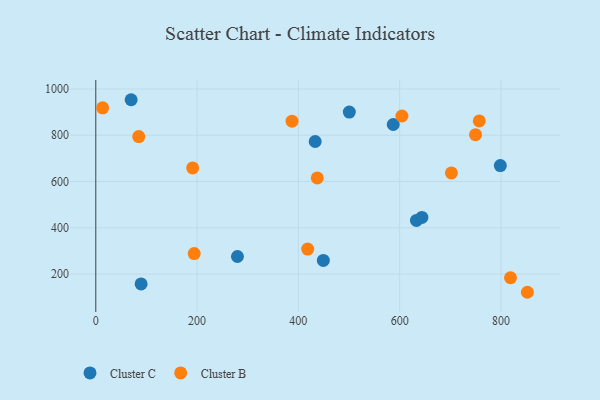
{"axis": {"x": "Price", "y": "Exam Score"}, "legend": ["Cluster B", "Cluster C"], "data": [{"x": "89.5", "y": 157.1, "type": "Cluster C"}, {"x": "500.6", "y": 900.0, "type": "Cluster C"}, {"x": "587.3", "y": 846.4, "type": "Cluster C"}, {"x": "449.3", "y": 259.0, "type": "Cluster C"}, {"x": "279.7", "y": 275.9, "type": "Cluster C"}, {"x": "633.2", "y": 431.6, "type": "Cluster C"}, {"x": "798.8", "y": 668.8, "type": "Cluster C"}, {"x": "643.9", "y": 444.6, "type": "Cluster C"}, {"x": "433.2", "y": 773.1, "type": "Cluster C"}, {"x": "69.8", "y": 953.6, "type": "Cluster C"}, {"x": "749.8", "y": 802.3, "type": "Cluster B"}, {"x": "818.9", "y": 183.9, "type": "Cluster B"}, {"x": "387.5", "y": 860.8, "type": "Cluster B"}, {"x": "194.3", "y": 288.3, "type": "Cluster B"}, {"x": "418.4", "y": 308.1, "type": "Cluster B"}, {"x": "84.8", "y": 794.5, "type": "Cluster B"}, {"x": "852.2", "y": 121.2, "type": "Cluster B"}, {"x": "191.3", "y": 658.7, "type": "Cluster B"}, {"x": "437.3", "y": 615.4, "type": "Cluster B"}, {"x": "702.2", "y": 637.0, "type": "Cluster B"}, {"x": "13.5", "y": 918.7, "type": "Cluster B"}, {"x": "757.2", "y": 861.9, "type": "Cluster B"}, {"x": "604.5", "y": 883.3, "type": "Cluster B"}]}